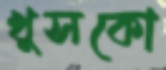
খুসকো